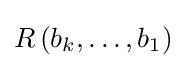
R\left(b_{k},\ldots ,b_{1}\right)